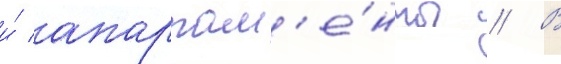
и́ апартам'е́нты // В